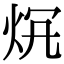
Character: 𤇛